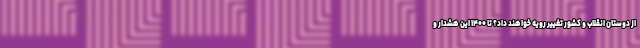
از دوستان انقلاب و کشور تغییر رویه خواهند داد؟ تا ۱۴۰۰ این هشدار و